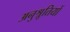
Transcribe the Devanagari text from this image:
अनुश्रूतियों